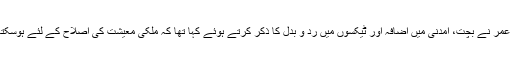
گزشتہ ہفتہ پارلیمنٹ میں منی بجٹ پیش کرتے ہوئے بھی اسد عمر نے بچت، آمدنی میں اضافہ اور ٹیکسوں میں رد و بدل کا ذکر کرتے ہوئے کہا تھا کہ ملکی معیشت کی اصلاح کے لئے ہوسکتا ہے نئے قرض لینا پڑیں لیکن ہمیں اپنی حالت بھی بدلنا ہوگی۔